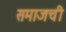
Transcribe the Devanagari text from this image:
समाजची